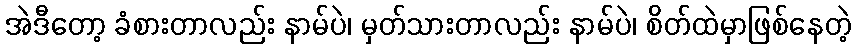
အဲဒီတော့ ခံစားတာလည်း နာမ်ပဲ၊ မှတ်သားတာလည်း နာမ်ပဲ၊ စိတ်ထဲမှာဖြစ်နေတဲ့